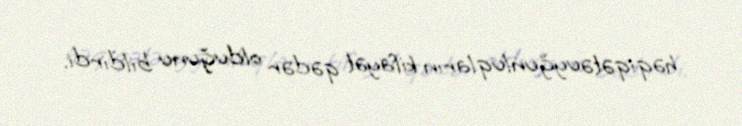
həqiqətəuyğunluqların kifayət qədər olduğunu bildirdi.